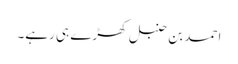
احمد بن حنبل کھڑے ہی رہے۔